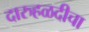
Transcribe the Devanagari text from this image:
दारुहळदीचा